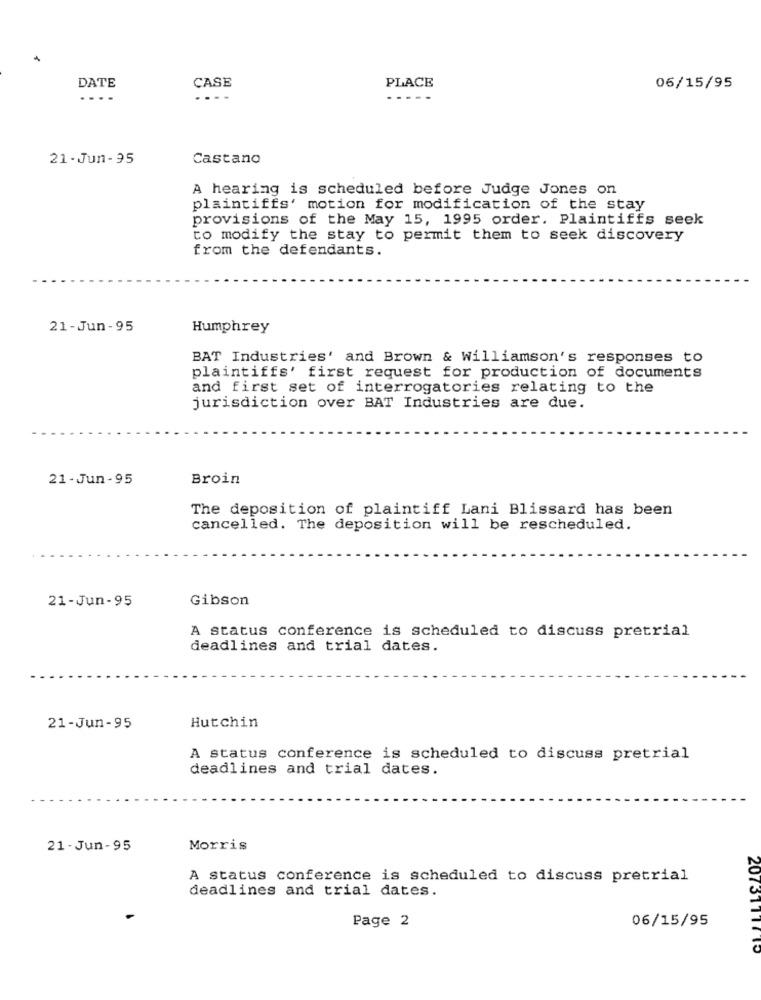
DATE
CASE
PLACE
06/15/95
....
....
21-Jun-95
Castano
A hearing is scheduled before Judge Jones on
plaintiffs' motion for modification of the stay
provisions of the May 15, 1995 order. Plaintiffs seek
to modify the stay to permit them to seek discovery
from the defendants.
21-Jun -95
Humphrey
BAT Industries' and Brown & Williamson's responses to
plaintiffs' first request for production of documents
and first set of interrogatories relating to the
jurisdiction over BAT Industries are due.
21 - Jun - 95
Broin
The deposition of plaintiff Lani Blissard has been
cancelled. The deposition will be rescheduled.
21-Jun-95
Gibson
A status conference is scheduled to discuss pretrial
deadlines and trial dates.
21-Jun-95
Hutchin
A status conference is scheduled to discuss pretrial
deadlines and trial dates.
21 - Jun-95
Morris
A status conference is scheduled to discuss pretrial
deadlines and trial dates.
Page 2
06/15/95
2073111710